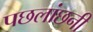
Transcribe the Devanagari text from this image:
पछलांछनी